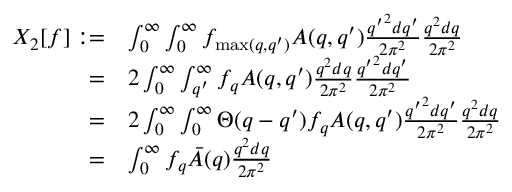
\begin{array} { r l } { X _ { 2 } [ f ] : = } & { \int _ { 0 } ^ { \infty } \int _ { 0 } ^ { \infty } f _ { \operatorname* { m a x } ( q , q ^ { \prime } ) } A ( q , q ^ { \prime } ) \frac { { q ^ { \prime } } ^ { 2 } d q ^ { \prime } } { 2 \pi ^ { 2 } } \frac { q ^ { 2 } d q } { 2 \pi ^ { 2 } } } \\ { = } & { 2 \int _ { 0 } ^ { \infty } \int _ { q ^ { \prime } } ^ { \infty } f _ { q } A ( q , q ^ { \prime } ) \frac { q ^ { 2 } d q } { 2 \pi ^ { 2 } } \frac { { q ^ { \prime } } ^ { 2 } d q ^ { \prime } } { 2 \pi ^ { 2 } } } \\ { = } & { 2 \int _ { 0 } ^ { \infty } \int _ { 0 } ^ { \infty } \Theta ( q - q ^ { \prime } ) f _ { q } A ( q , q ^ { \prime } ) \frac { { q ^ { \prime } } ^ { 2 } d q ^ { \prime } } { 2 \pi ^ { 2 } } \frac { q ^ { 2 } d q } { 2 \pi ^ { 2 } } } \\ { = } & { \int _ { 0 } ^ { \infty } f _ { q } \bar { A } ( q ) \frac { q ^ { 2 } d q } { 2 \pi ^ { 2 } } } \end{array}